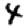
Digit: 4